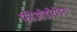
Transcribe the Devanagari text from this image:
फीओडोरोवना